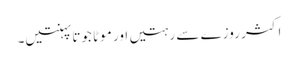
اکثر روزے سے رہتیں اور موٹا جوتا پہنتیں۔